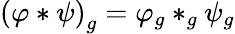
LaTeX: \left(\varphi*\psi\right)_{g}=\varphi_{g}*_{g}\psi_{g}